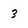
Character: 3